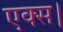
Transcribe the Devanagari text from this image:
एक्स।